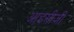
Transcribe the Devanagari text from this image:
आइसीजी